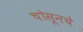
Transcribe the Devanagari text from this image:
चोसूनचे